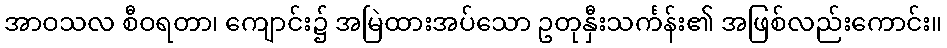
အာဝသလ စီဝရတာ၊ ကျောင်း၌ အမြဲထားအပ်သော ဥတုနှီးသင်္ကန်း၏ အဖြစ်လည်းကောင်း။